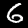
Label: 6